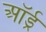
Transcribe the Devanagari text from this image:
ऑर्ड्र